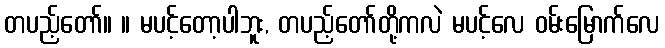
တပည့်တော်။ ။ မပင့်တော့ပါဘူး, တပည့်တော်တို့ကလဲ မပင့်လေ ဝမ်းမြောက်လေ